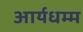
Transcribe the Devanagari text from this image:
आर्यधम्म